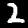
Digit: 2